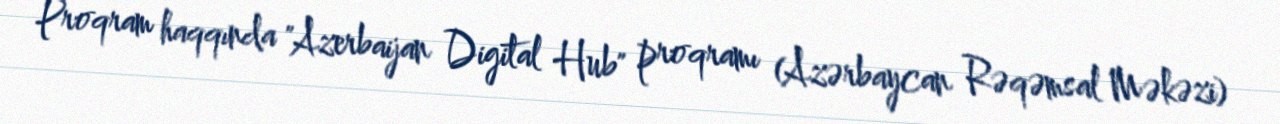
Proqram haqqında "Azerbaijan Digital Hub" proqramı (Azərbaycan Rəqəmsal Məkəzi)